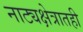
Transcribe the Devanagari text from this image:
नाट्यक्षेत्रातही